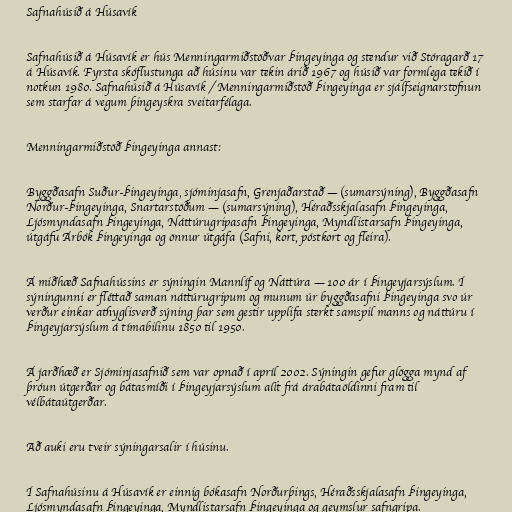
Safnahúsið á Húsavík

Safnahúsið á Húsavík er hús Menningarmiðstöðvar Þingeyinga og stendur við Stóragarð 17
á Húsavík. Fyrsta skóflustunga að húsinu var tekin árið 1967 og húsið var formlega tekið í
notkun 1980. Safnahúsið á Húsavík / Menningarmiðstöð Þingeyinga er sjálfseignarstofnun
sem starfar á vegum þingeyskra sveitarfélaga.

Menningarmiðstöð Þingeyinga annast:

Byggðasafn Suður-Þingeyinga, sjóminjasafn, Grenjaðarstað — (sumarsýning), Byggðasafn
Norður-Þingeyinga, Snartarstöðum — (sumarsýning), Héraðsskjalasafn Þingeyinga,
Ljósmyndasafn Þingeyinga, Náttúrugripasafn Þingeyinga, Myndlistarsafn Þingeyinga,
útgáfu Árbók Þingeyinga og önnur útgáfa (Safni, kort, póstkort og fleira).

Á miðhæð Safnahússins er sýningin Mannlíf og Náttúra — 100 ár í Þingeyjarsýslum. Í
sýningunni er fléttað saman náttúrugripum og munum úr byggðasafni Þingeyinga svo úr
verður einkar athyglisverð sýning þar sem gestir upplifa sterkt samspil manns og náttúru í
Þingeyjarsýslum á tímabilinu 1850 til 1950.

Á jarðhæð er Sjóminjasafnið sem var opnað í apríl 2002. Sýningin gefur glögga mynd af
þróun útgerðar og bátasmíði í Þingeyjarsýslum allt frá árabátaöldinni fram til
vélbátaútgerðar.

Að auki eru tveir sýningarsalir í húsinu.

Í Safnahúsinu á Húsavík er einnig bókasafn Norðurþings, Héraðsskjalasafn Þingeyinga,
Ljósmyndasafn Þingeyinga, Myndlistarsafn Þingeyinga og geymslur safngripa.